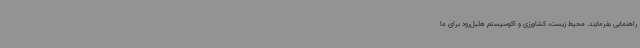
راهنمایی بفرمایند. محیط زیست، کشاورزی و اکوسیستم هلیل‌رود برای ما